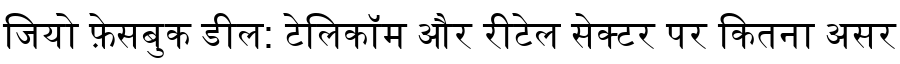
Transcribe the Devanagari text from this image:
जियो फ़ेसबुक डील: टेलिकॉम और रीटेल सेक्टर पर कितना असर